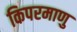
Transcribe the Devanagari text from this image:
किपरमाणु